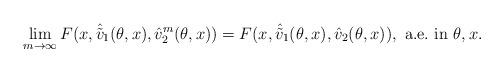
LaTeX: \begin{align*}\lim_{m \to \infty} F(x, \hat {\tilde{v}}_1(\theta, x), \hat v^m_2(\theta, x)) = F(x, \hat {\tilde{v}}_1(\theta, x), \hat v_2(\theta, x)), \ {\rm a.e.\ in}\ \theta, x.\end{align*}